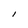
Character: l